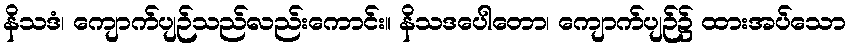
နိသဒံ၊ ကျောက်ပျဉ်သည်လည်းကောင်း။ နိသဒပေါတော၊ ကျောက်ပျဉ်၌ ထားအပ်သော